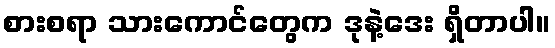
စားစရာ သားကောင်တွေက ဒုနဲ့ဒေး ရှိတာပါ။